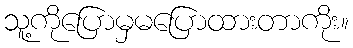
သူ့ကိုပြောမှမပြောထားတာကိုး။